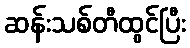
ဆန်းသစ်တီထွင်ပြီး